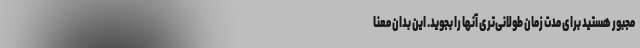
مجبور هستید برای مدت زمان طولانی‌تری آنها را بجوید. این بدان معنا